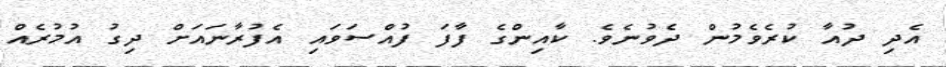
އެދި ދުއާ ކުރެވެމުން ދެވުނެވެ. ކާއިންގެ ފާފަ ފުއްސަވައި އެފުރާނައަށް ދިގު އުމުރެއް